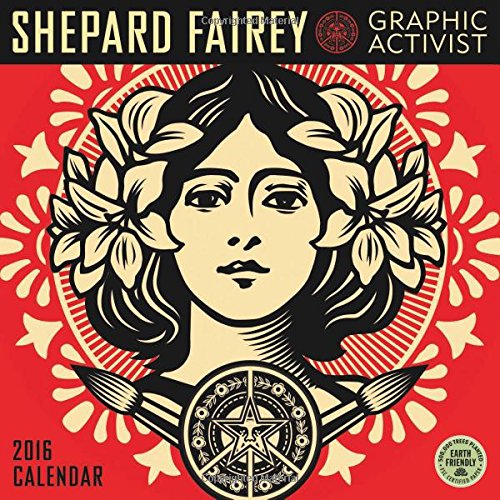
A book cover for Shepard Fairey 2016 Wall Calendar: Graphic Activist; Shepard Fairey; Calendars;